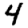
Digit: 4